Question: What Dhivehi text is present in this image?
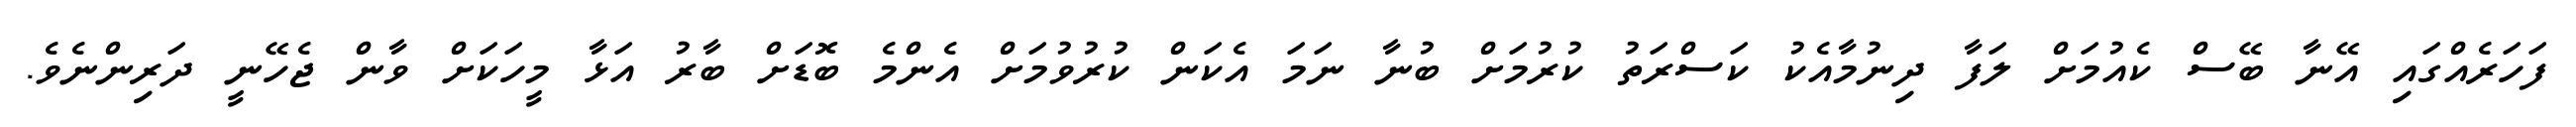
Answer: ފަހަރެއްގައި އޭނާ ބޭސް ކެއުމަށް ލަފާ ދިނުމާއެކު ކަސްރަތު ކުރުމަށް ބުނާ ނަމަ އެކަން ކުރުވުމަށް އެންމެ ބޮޑަށް ބާރު އަޅާ މީހަކަށް ވާން ޖެހޭނީ ދަރިންނެވެ.